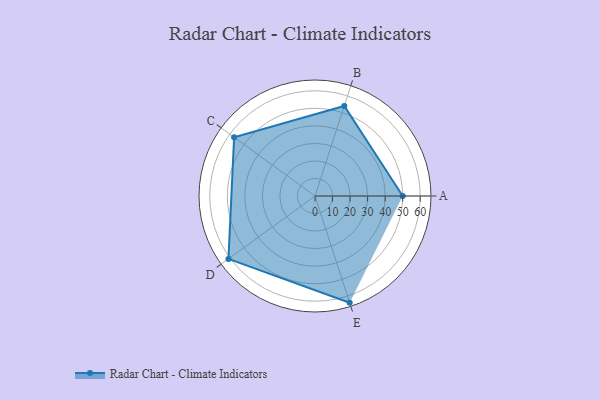
{"axis": {"x": "Skill", "y": "Score"}, "legend": ["Profile"], "data": [{"x": "A", "y": 50.0, "type": "Profile"}, {"x": "B", "y": 54.0, "type": "Profile"}, {"x": "C", "y": 57.0, "type": "Profile"}, {"x": "D", "y": 61.0, "type": "Profile"}, {"x": "E", "y": 64.0, "type": "Profile"}]}